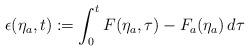
LaTeX: \begin{align*}\epsilon(\eta_a,t) := \int_0^t F(\eta_a,\tau)-F_a(\eta_a) \,d \tau\end{align*}